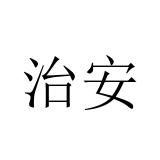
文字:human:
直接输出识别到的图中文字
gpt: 治安